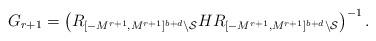
LaTeX: \begin{align*}{{G}}_{r+1}= \left(R_{[-M^{r+1}, M^{r+1}]^{b+d}\setminus\mathcal{S}}{{H}} R_{[-M^{r+1}, M^{r+1}]^{b+d}\setminus\mathcal{S}}\right)^{-1}. \end{align*}